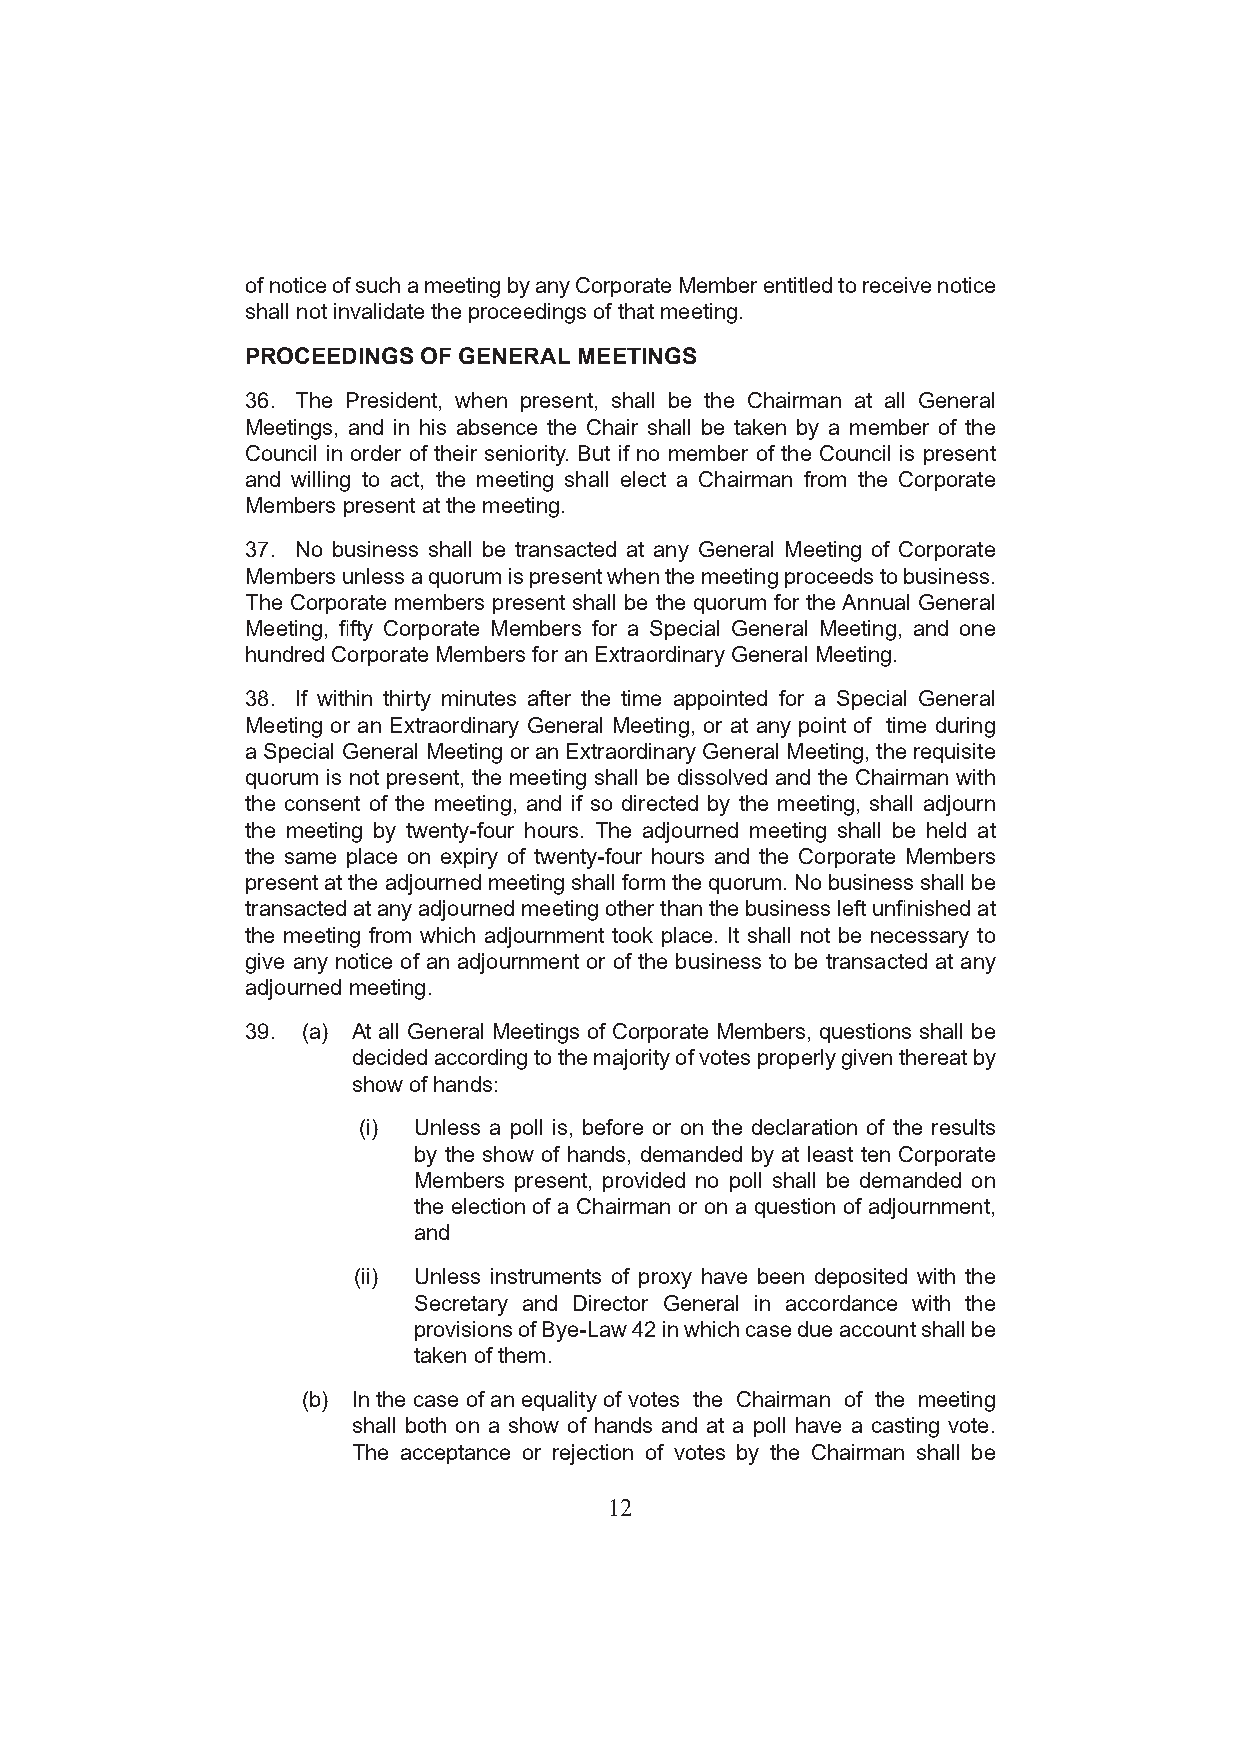
of notice of such a meeting by any Corporate Member entitled to receive notice
 shall not invalidate the proceedings of that meeting.
 PROCEEDINGS OF GENERAL MEETINGS
 36. The President, when present, shall be the Chairman at all General
 Meetings, and in his absence the Chair shall be taken by a member of the
 Council in order of their seniority. But if no member of the Council is present
 and willing to act, the meeting shall elect a Chairman from the Corporate
 Members present at the meeting.
 37. No business shall be transacted at any General Meeting of Corporate
 Members unless a quorum is present when the meeting proceeds to business.
 The Corporate members present shall be the quorum for the Annual General
 Meeting, fifty Corporate Members for a Special General Meeting, and one
 hundred Corporate Members for an Extraordinary General Meeting.
 38. If within thirty minutes after the time appointed for a Special General
 Meeting or an Extraordinary General Meeting, or at any point of time during
 a Special General Meeting or an Extraordinary General Meeting, the requisite
 quorum is not present, the meeting shall be dissolved and the Chairman with
 the consent of the meeting, and if so directed by the meeting, shall adjourn
 the meeting by twenty-four hours. The adjourned meeting shall be held at
 the same place on expiry of twenty-four hours and the Corporate Members
 present at the adjourned meeting shall form the quorum. No business shall be
 transacted at any adjourned meeting other than the business left unfinished at
 the meeting from which adjournment took place. It shall not be necessary to
 give any notice of an adjournment or of the business to be transacted at any
 adjourned meeting.
 39. (a) At all General Meetings of Corporate Members, questions shall be
 decided according to the majority of votes properly given thereat by
 show of hands:
 (i) Unless a poll is, before or on the declaration of the results
 by the show of hands, demanded by at least ten Corporate
 Members present, provided no poll shall be demanded on
 the election of a Chairman or on a question of adjournment,
 and
 (ii) Unless instruments of proxy have been deposited with the
 Secretary and Director General in accordance with the
 provisions of Bye-Law 42 in which case due account shall be
 taken of them.
 (b) In the case of an equality of votes the Chairman of the meeting
 shall both on a show of hands and at a poll have a casting vote.
 The acceptance or rejection of votes by the Chairman shall be
 12